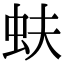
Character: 蚨